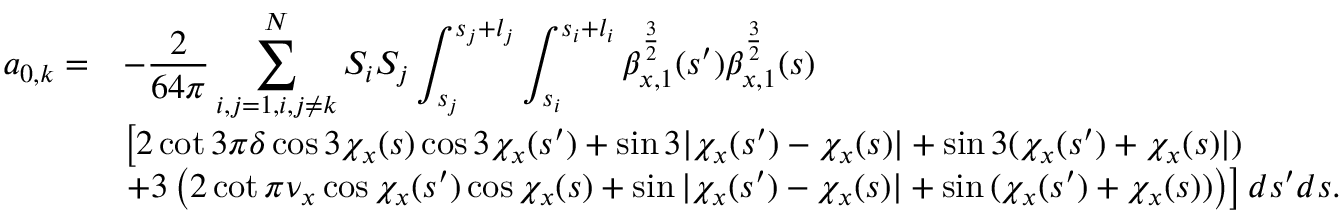
\begin{array} { c l } { \displaystyle a _ { 0 , k } = } & { \displaystyle - \frac { 2 } { 6 4 \pi } \sum _ { i , j = 1 , i , j \neq k } ^ { N } { S _ { i } S _ { j } \int _ { s _ { j } } ^ { s _ { j } + l _ { j } } { \int _ { s _ { i } } ^ { s _ { i } + l _ { i } } { \beta _ { x , 1 } ^ { \frac { 3 } { 2 } } ( s ^ { \prime } ) \beta _ { x , 1 } ^ { \frac { 3 } { 2 } } ( s ) } } } } \\ & { \displaystyle \left[ 2 \cot { 3 \pi \delta } \cos { 3 \chi _ { x } ( s ) } \cos { 3 \chi _ { x } ( s ^ { \prime } ) } + \sin { 3 | \chi _ { x } ( s ^ { \prime } ) - \chi _ { x } ( s ) | } + \sin { 3 ( \chi _ { x } ( s ^ { \prime } ) + \chi _ { x } ( s ) | ) } \right. } \\ & { \displaystyle \left. + 3 \left( 2 \cot { \pi \nu _ { x } } \cos { \chi _ { x } ( s ^ { \prime } ) } \cos { \chi _ { x } ( s ) } + \sin { | \chi _ { x } ( s ^ { \prime } ) - \chi _ { x } ( s ) | } + \sin { ( \chi _ { x } ( s ^ { \prime } ) + \chi _ { x } ( s ) ) } \right) \right] d s ^ { \prime } d s . } \end{array}